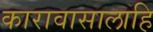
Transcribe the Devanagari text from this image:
कारावासालाहि